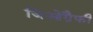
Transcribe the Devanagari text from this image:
जिओग्रैफी